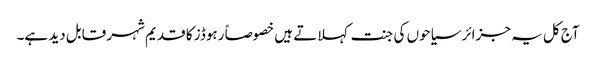
آج کل یہ جزائر سیاحوں کی جنت کہلاتے ہیں خصوصاً رہوڈز کا قدیم شہر قابل دید ہے۔